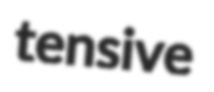
tensive